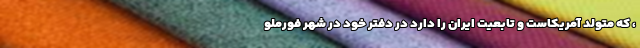
، که متولد آمریکاست و تابعیت ایران را دارد در دفتر خود در شهر فورملو